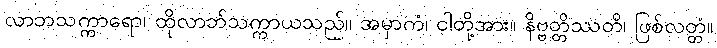
လာဘသက္ကာရော၊ ထိုလာဘ်သက္ကာယသည်။ အမှာကံ၊ ငါတို့အား။ နိဗ္ဗတ္တိဿတိ၊ ဖြစ်လတ္တံ။